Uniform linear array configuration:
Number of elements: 32
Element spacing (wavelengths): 1
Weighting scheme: hann
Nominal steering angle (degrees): -30
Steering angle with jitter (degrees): -29.043
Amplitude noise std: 0.05
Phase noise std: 0.05

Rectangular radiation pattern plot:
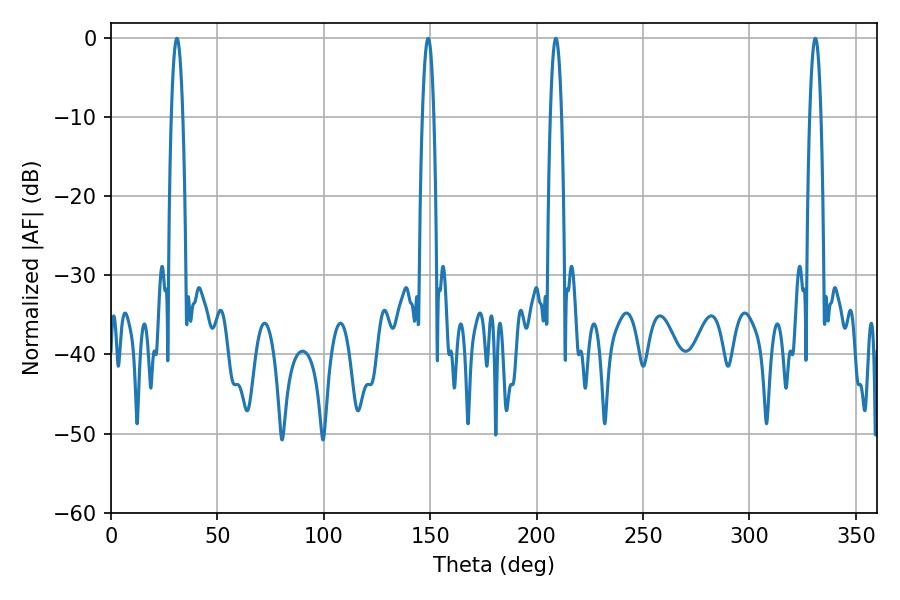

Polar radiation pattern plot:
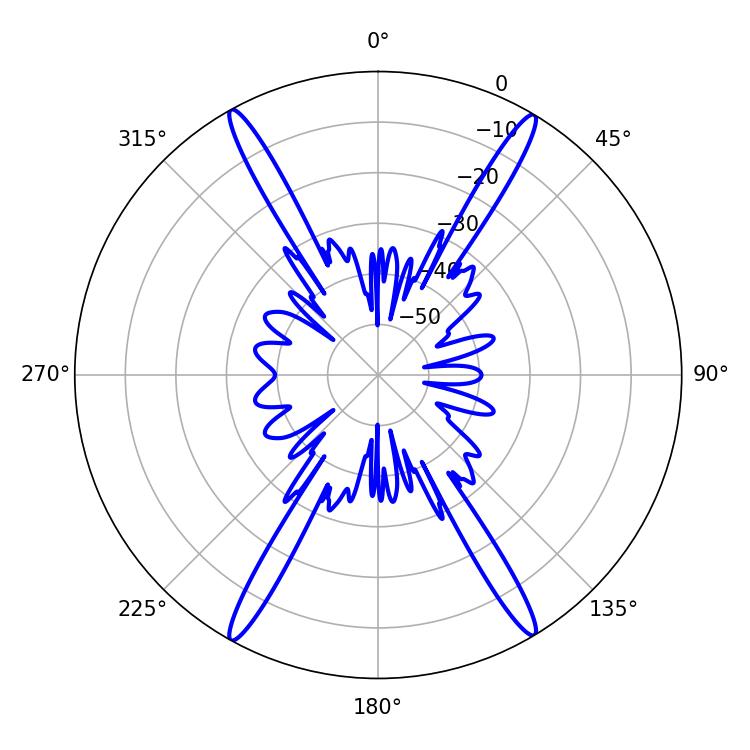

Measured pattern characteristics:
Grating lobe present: TRUE
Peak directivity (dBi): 26.628
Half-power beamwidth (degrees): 2.88
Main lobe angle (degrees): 30.96